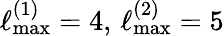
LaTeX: \ell_{\mathrm{max}}^{(1)}=4,\, \ell_{\mathrm{max}}^{(2)}=5